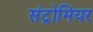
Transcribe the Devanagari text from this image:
संट्रोमियर